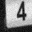
Digit: 4